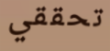
تحققي